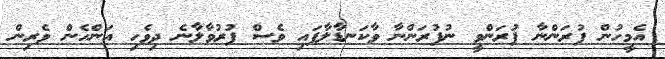
އެމީހުން ފުރަންނާ ފުރަންވީ ނުފުރަންނާ ވާކަނޑާލާފައި ވެސް ފުރުވާލާނެ ދިވެހި އަންހެން ވެރިން